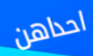
احداهن